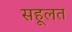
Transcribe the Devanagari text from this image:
सहूलत